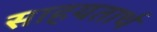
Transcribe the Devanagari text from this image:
साहयतार्थ